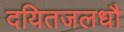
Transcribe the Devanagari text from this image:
दयितजलधौ